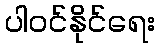
ပါဝင်နိုင်ရေး